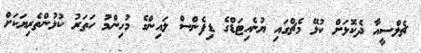
ޗެލްސީއާ ދެކޮޅަށް ކުޅޭ މެޗްގައި ޔުނެއިޓަޑްގެ ޑިފެންސް ލައިންގެ މުހިންމު ހަތަރު ކުޅުންތެރިޔަކަށް